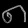
Digit: ၈